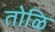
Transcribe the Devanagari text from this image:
तोळि